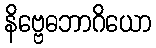
နိဗ္ဗေဓဘာဂိယော